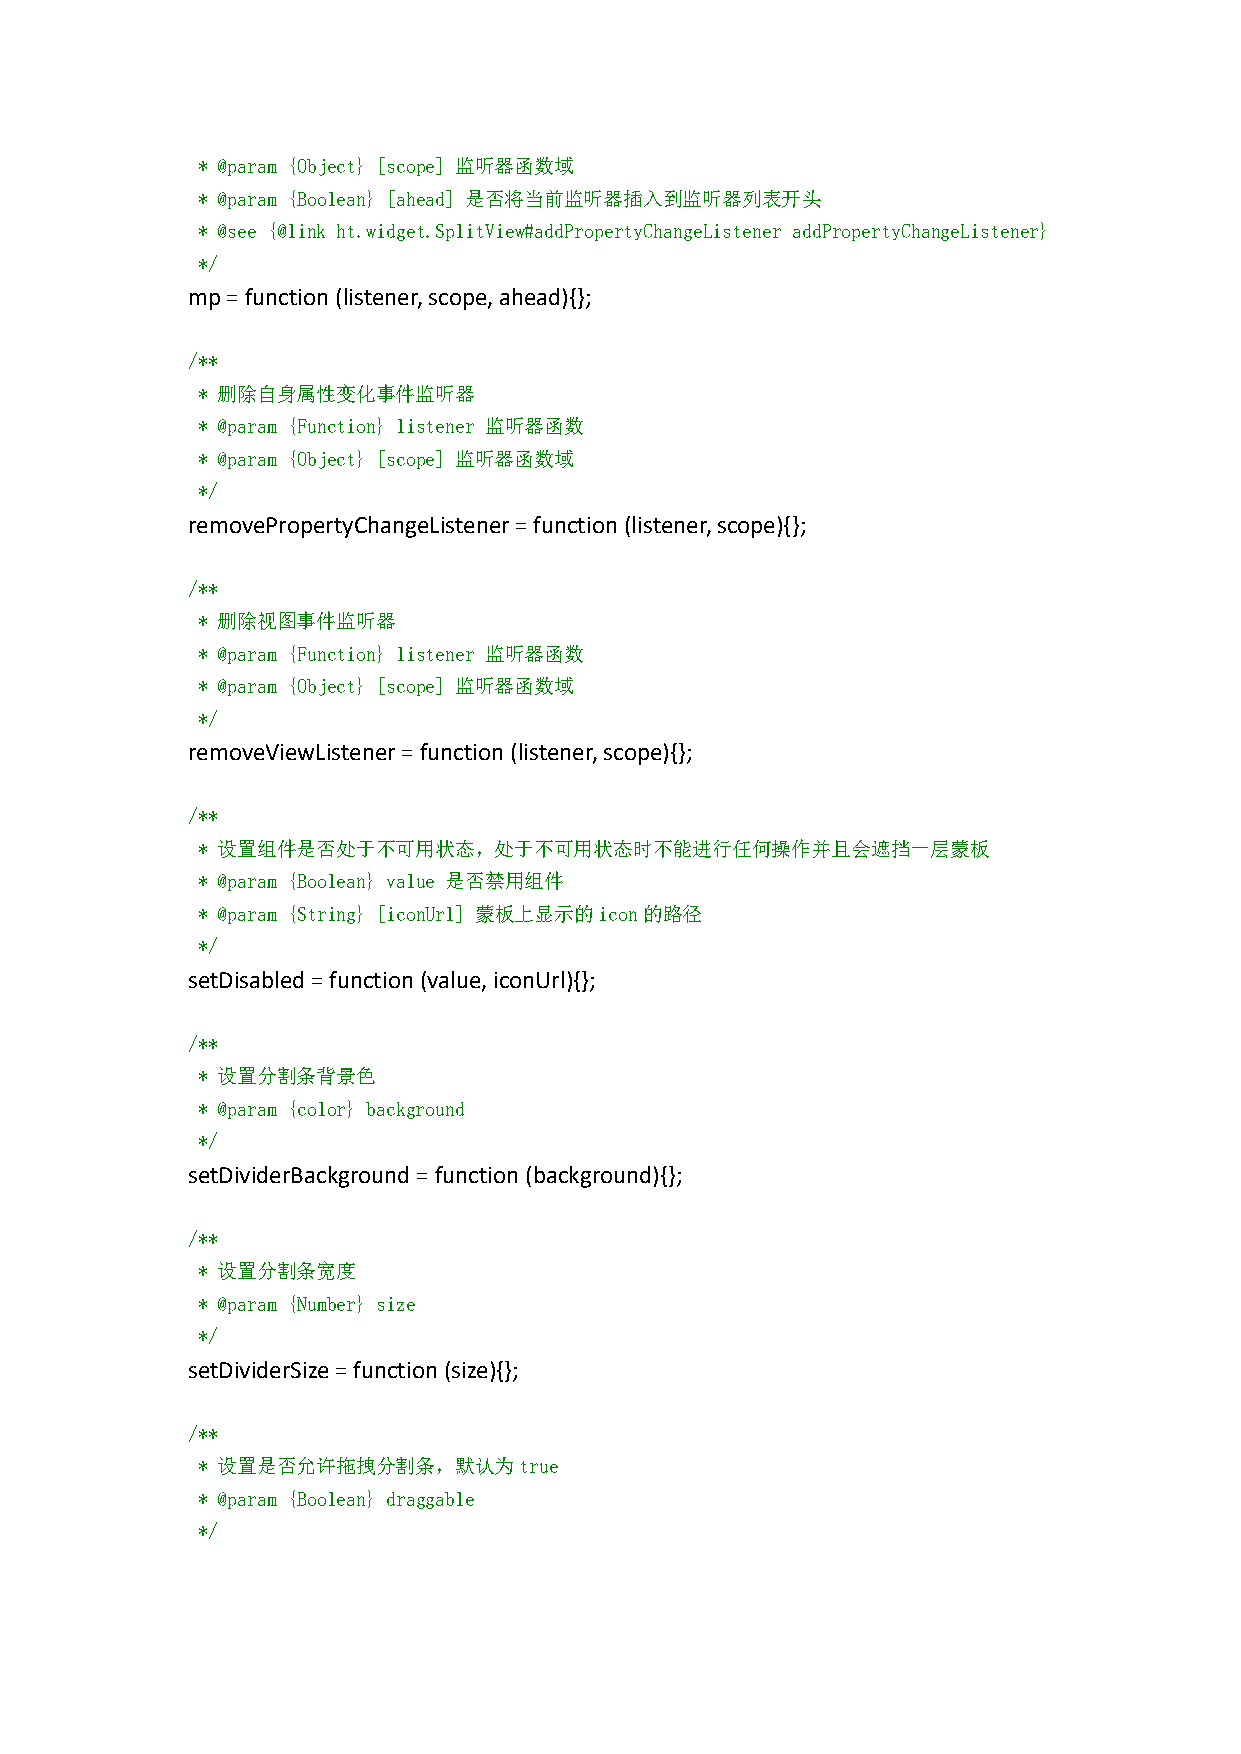
* @param {Object} [scope] 监听器函数域
 * @param {Boolean} [ahead] 是否将当前监听器插入到监听器列表开头
 * @see {@link ht.widget.SplitView#addPropertyChangeListener addPropertyChangeListener}
 */
 mp=function(listener,scope,ahead){};
 /**
 * 删除自身属性变化事件监听器
 * @param {Function} listener 监听器函数
 * @param {Object} [scope] 监听器函数域
 */
 removePropertyChangeListener=function(listener,scope){};
 /**
 * 删除视图事件监听器
 * @param {Function} listener 监听器函数
 * @param {Object} [scope] 监听器函数域
 */
 removeViewListener=function(listener,scope){};
 /**
 * 设置组件是否处于不可用状态，处于不可用状态时不能进行任何操作并且会遮挡一层蒙板
 * @param {Boolean} value 是否禁用组件
 * @param {String} [iconUrl] 蒙板上显示的icon的路径
 */
 setDisabled=function(value,iconUrl){};
 /**
 * 设置分割条背景色
 * @param {color} background
 */
 setDividerBackground=function(background){};
 /**
 * 设置分割条宽度
 * @param {Number} size
 */
 setDividerSize=function(size){};
 /**
 * 设置是否允许拖拽分割条，默认为true
 * @param {Boolean} draggable
 */